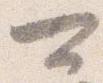
可